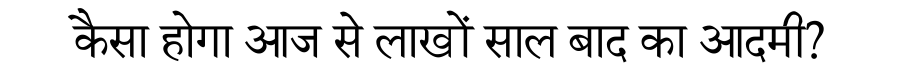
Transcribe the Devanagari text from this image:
कैसा होगा आज से लाखों साल बाद का आदमी?